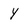
Character: y